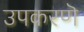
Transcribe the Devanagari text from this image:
उपकरणॆ